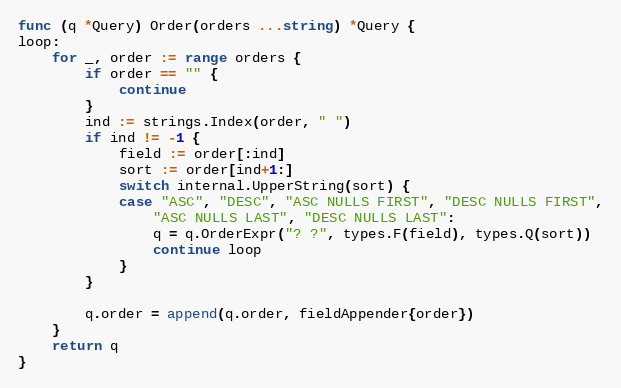
Language: Go
func (q *Query) Order(orders ...string) *Query {
loop:
	for _, order := range orders {
		if order == "" {
			continue
		}
		ind := strings.Index(order, " ")
		if ind != -1 {
			field := order[:ind]
			sort := order[ind+1:]
			switch internal.UpperString(sort) {
			case "ASC", "DESC", "ASC NULLS FIRST", "DESC NULLS FIRST",
				"ASC NULLS LAST", "DESC NULLS LAST":
				q = q.OrderExpr("? ?", types.F(field), types.Q(sort))
				continue loop
			}
		}

		q.order = append(q.order, fieldAppender{order})
	}
	return q
}